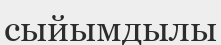
сыйымдылы